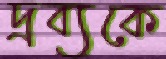
দ্রব্যকে